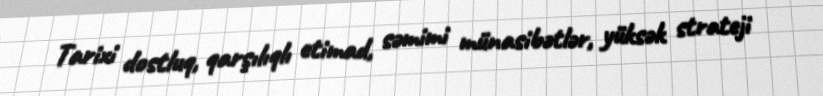
Tarixi dostluq, qarşılıqlı etimad, səmimi münasibətlər, yüksək strateji